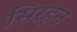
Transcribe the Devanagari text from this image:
सिरहन